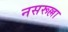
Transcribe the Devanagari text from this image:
नसरूल्ला